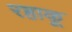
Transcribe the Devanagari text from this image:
रहाकू